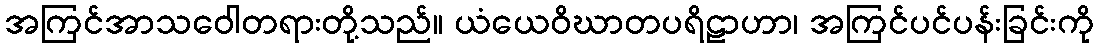
အကြင်အာသဝေါတရားတို့သည်။ ယံယေဝိဃာတပရိဠာဟာ၊ အကြင်ပင်ပန်းခြင်းကို